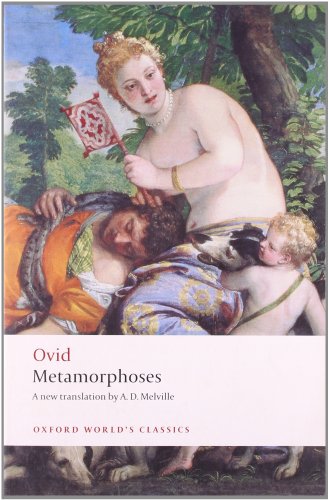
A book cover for Metamorphoses (Oxford World's Classics); Ovid; Literature & Fiction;